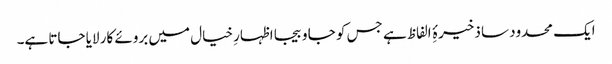
ایک محدود سا ذخیرۂِ الفاظ ہے جس کو جا و بیجا اظہارِ خیال میں بروئے کار لایا جاتا ہے۔